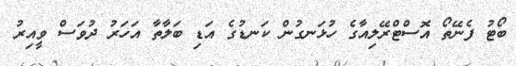
ބޯޓު ފެނޭތޯ އޮސްޓްރޭލިއާގެ ހުޅަނގުން ކަނޑުގެ އަޑި ބަލާތާ އަހަރު ދުވަސް ވީއިރު